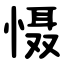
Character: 慑